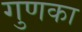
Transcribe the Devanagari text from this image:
गुणका